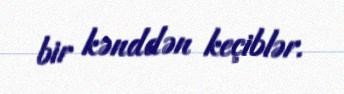
bir kənddən keçiblər.